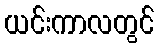
ယင်းကာလတွင်